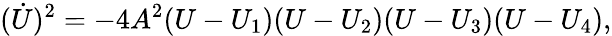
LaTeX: (\dot{U})^{2}=-4A^{2}(U-U_{1})(U-U_{2})(U-U_{3})(U-U_{4}),